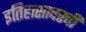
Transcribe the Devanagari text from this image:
इतिहासावरची